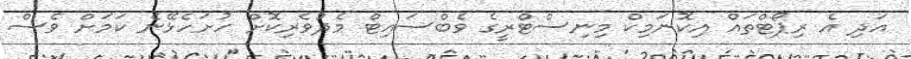
އަދި އެ ރިޕޯޓްތައް އިކޮނަމިކް މިނިސްޓްރީގެ ވެބްސައިޓް މެދުވެރިކޮށް ހުށަހެޅޭނެ ކަމަށް ވެސް